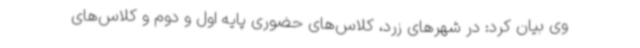
وی بیان کرد: در شهرهای زرد، کلاس‌های حضوری پایه اول و دوم و کلاس‌های